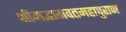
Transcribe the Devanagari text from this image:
श्रीमद्भागवतमहापुराण